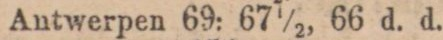
Antwerpen 69: 67½, 66 d. d.